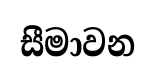
සීමාවන